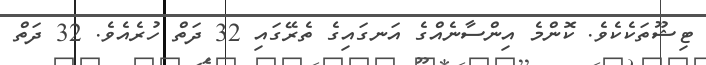
ޓިޝޫތަކެކެވެ. ކޮންމެ އިންސާނެއްގެ އަނގައިގެ ތެރޭގައި 32 ދަތް ހުރެއެވެ. 32 ދަތް